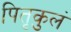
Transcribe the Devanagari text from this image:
पितृकुलं